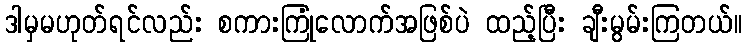
ဒါမှမဟုတ်ရင်လည်း စကားကြုံလောက်အဖြစ်ပဲ ထည့်ပြီး ချီးမွမ်းကြတယ်။